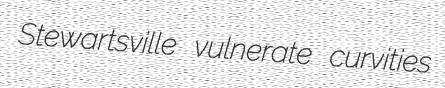
Stewartsville vulnerate curvities